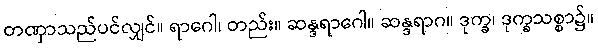
တဏှာသည်ပင်လျှင်။ ရာဂေါ၊ တည်း။ ဆန္ဒရာဂေါ။ ဆန္ဒရာဂ။ ဒုက္ခ၊ ဒုက္ခသစ္စာ၌။